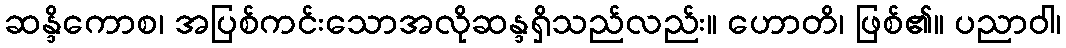
ဆန္ဒိကောစ၊ အပြစ်ကင်းသောအလိုဆန္ဒရှိသည်လည်း။ ဟောတိ၊ ဖြစ်၏။ ပညာဝါ၊